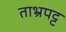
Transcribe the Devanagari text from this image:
ताभ्रपट्ट